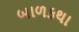
બાળકથા